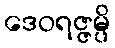
ဒေဝရဇ္ဇမ္ပိ